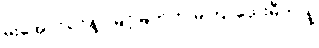
မိုးအောင်ရင်နဲ့ဲမြင့်မြတ်က မကြာသေးမီက နဲ့